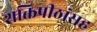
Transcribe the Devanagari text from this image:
शक्तिपीठांसह